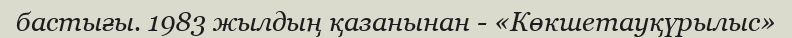
бастығы. 1983 жылдың қазанынан - «Көкшетауқүрылыс»